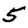
Digit: 5